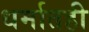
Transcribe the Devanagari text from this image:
धर्मातही